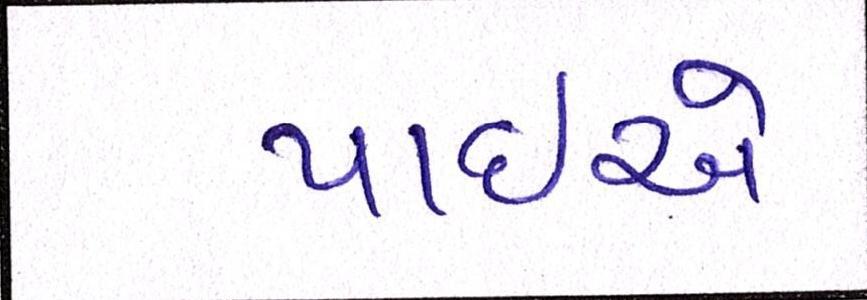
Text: પાઈએ